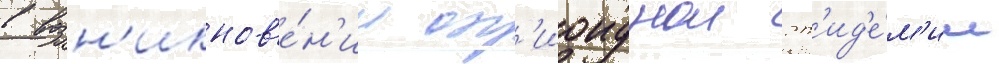
в возн'икнов'е́н'ии оп'иоиднои эп'ид'е́м'ии